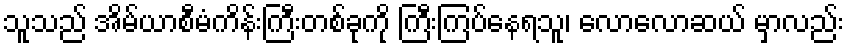
သူသည် အိမ်ယာစီမံကိန်းကြီးတစ်ခုကို ကြီးကြပ်နေရသူ၊ လောလောဆယ် မှာလည်း